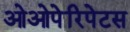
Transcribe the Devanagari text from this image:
ओओपेरिपेटस